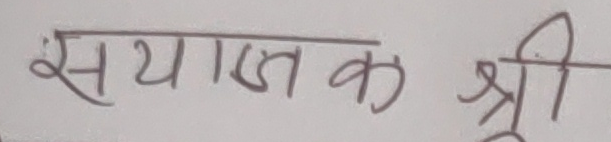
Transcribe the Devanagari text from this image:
संयोजक श्री